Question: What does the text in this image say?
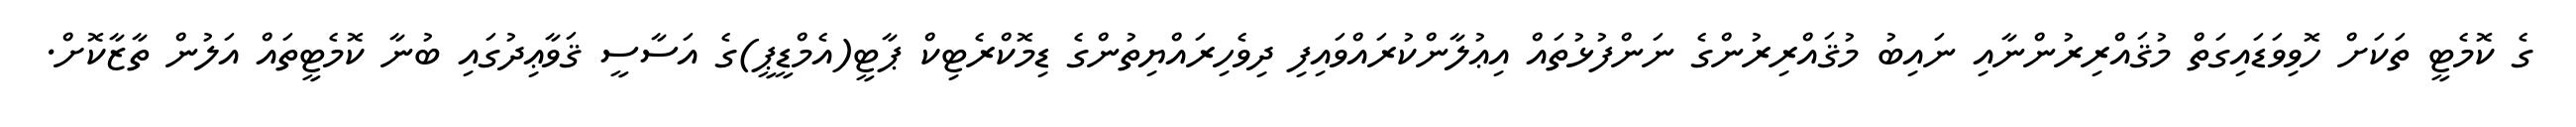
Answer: ގެ ކޮމެޓީ ތަކަށް ހޮވިވަޑައިގަތް މުޤައްރިރުންނާއި ނައިބު މުޤައްރިރުންގެ ނަންފުޅުތައް އިޢުލާންކުރައްވައިފި ދިވެހިރައްޔިތުންގެ ޑިމޮކްރެޓިކް ޕާޓީ(އެމްޑީޕީ)ގެ އަސާސީ ޤަވާޢިދުގައި ބުނާ ކޮމެޓީތައް އަލުން ތާޒާކޮށް.